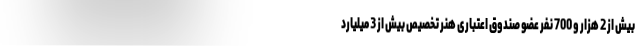
بیش از 2 هزار و 700 نفر عضو صندوق اعتباری هنر تخصیص بیش از 3 میلیارد